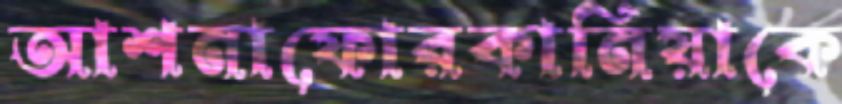
আশনাফোরকানিয়াকে